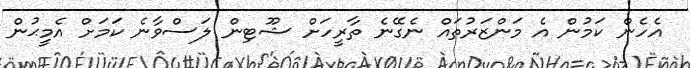
އެހެން ކަމުން އެ މަންޒަރުތައް ނެގޭނެ ތާރީހަށް ޝޫޓިން ލަސްވާނެ ކަމަށް އެމީޙުން